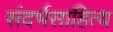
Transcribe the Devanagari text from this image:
संदर्भसाहित्य